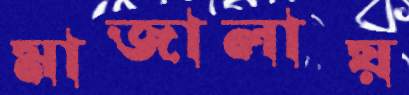
মাজালায়